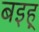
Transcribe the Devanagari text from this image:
बइह्‌